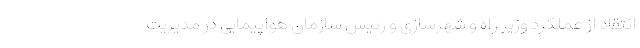
انتقاد از عملکرد وزیر راه و شهرسازی و رئیس سازمان هواپیمایی در مدیریت